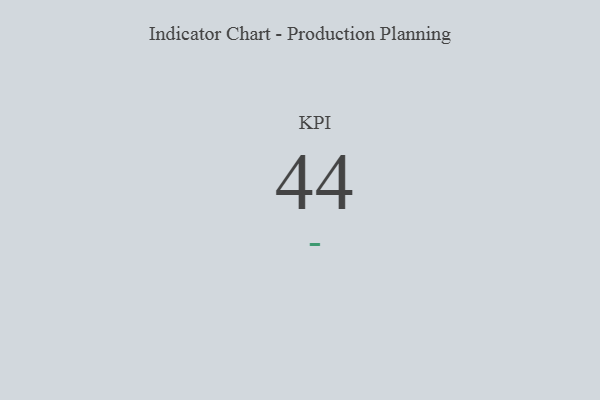
{"axis": {"x": "KPI", "y": "Value"}, "legend": [""], "data": [{"x": "KPI", "y": 44, "type": ""}]}